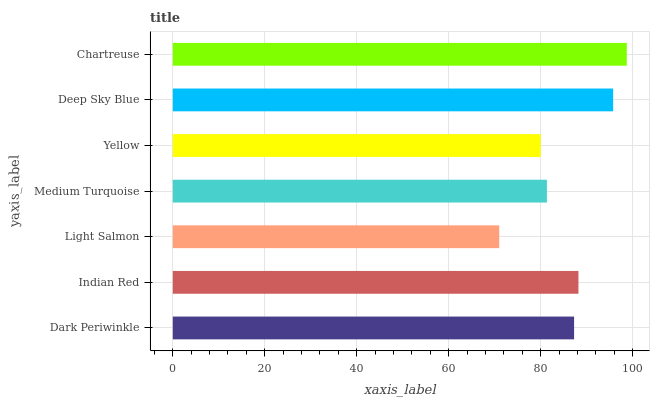
| yaxis_label | bars |
 | --- | --- |
 | Dark Periwinkle | 87.2 |
 | Indian Red | 88.2 |
 | Light Salmon | 71 |
 | Medium Turquoise | 81.3 |
 | Yellow | 80 |
 | Deep Sky Blue | 95.7 |
 | Chartreuse | 98.7 |